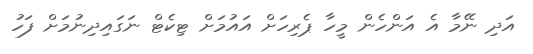
އަދި ނޭމާ އެ އަންހެން މީހާ ޕެރިހަށް އައުމަށް ޓިކެޓް ނަގައިދިނުމަށް ފަހު